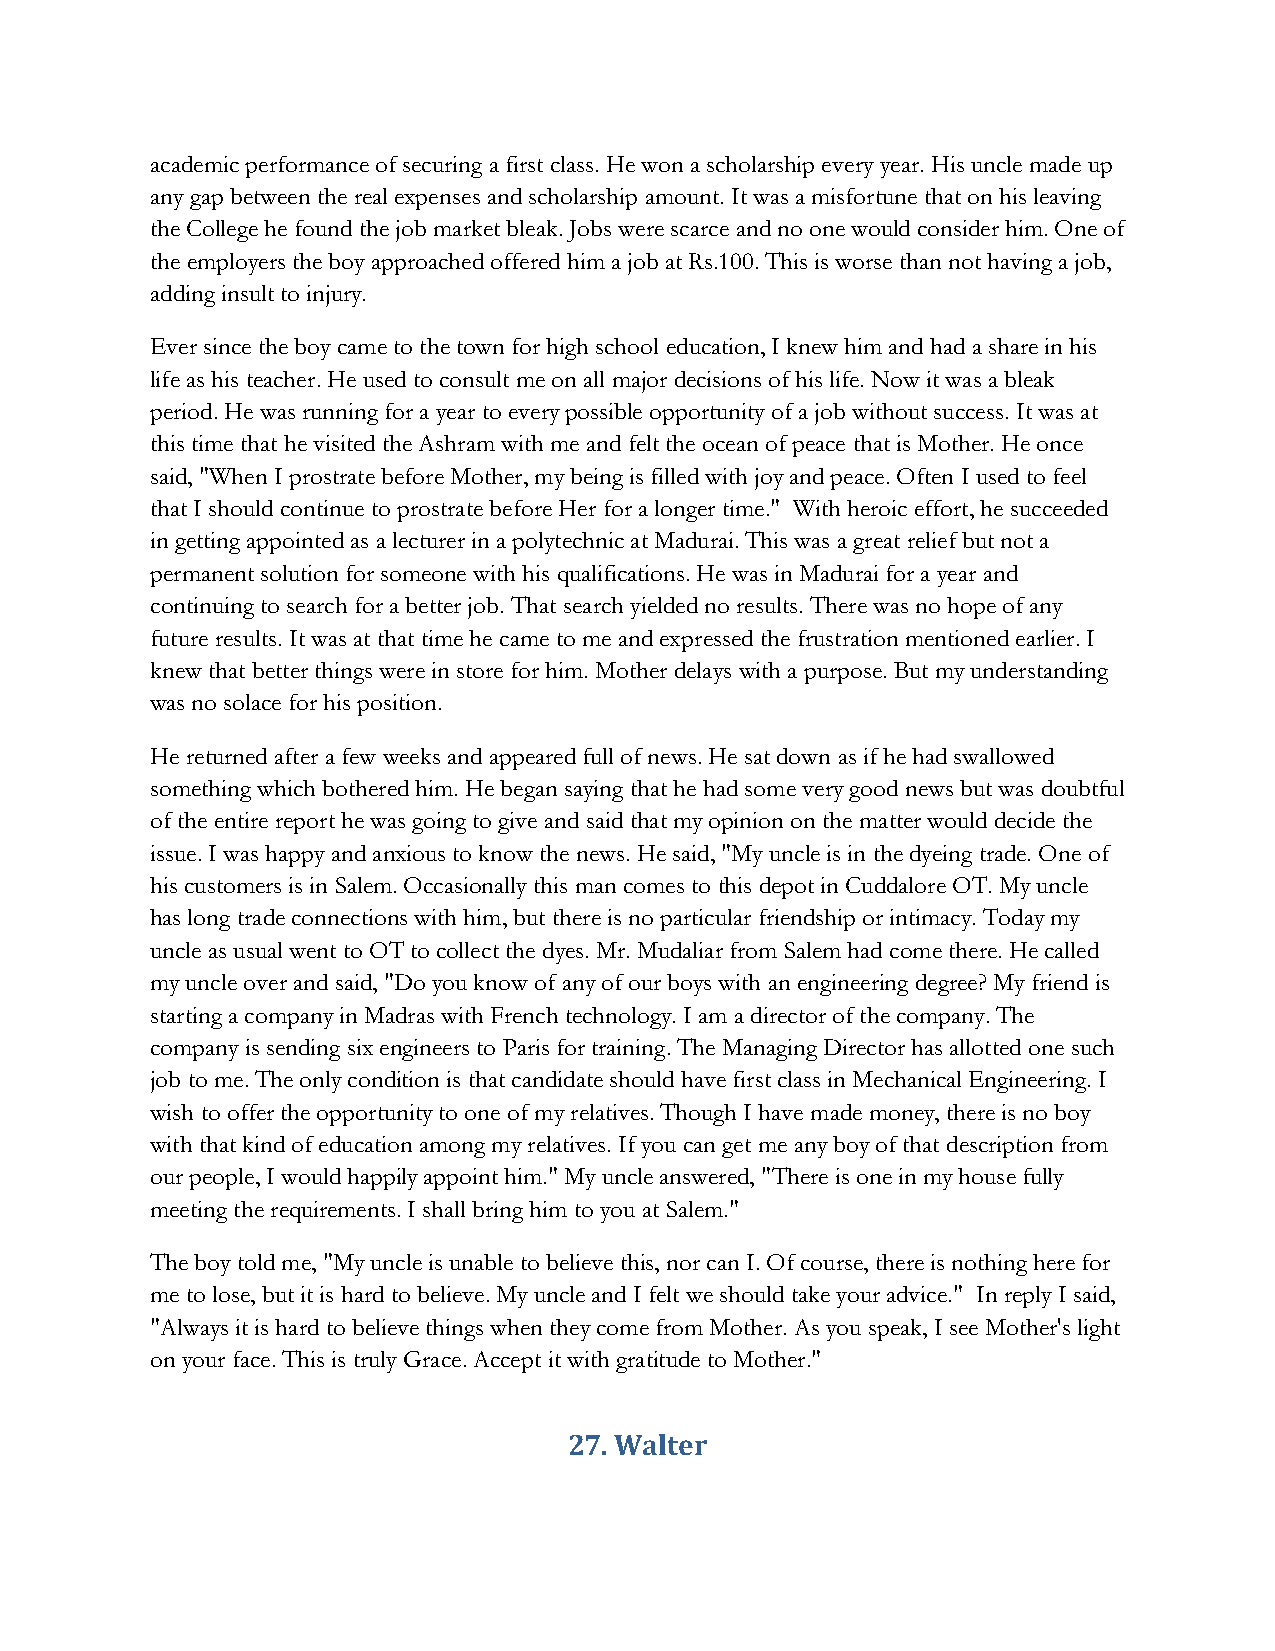
academic performance of securing a first class. He won a scholarship every year. His uncle made up
 any gap between the real expenses and scholarship amount. It was a misfortune that on his leaving
 the College he found the job market bleak. Jobs were scarce and no one would consider him. One of
 the employers the boy approached offered him a job at Rs.100. This is worse than not having a job,
 adding insult to injury.
 Ever since the boy came to the town for high school education, I knew him and had a share in his
 life as his teacher. He used to consult me on all major decisions of his life. Now it was a bleak
 period. He was running for a year to every possible opportunity of a job without success. It was at
 this time that he visited the Ashram with me and felt the ocean of peace that is Mother. He once
 said, "When I prostrate before Mother, my being is filled with joy and peace. Often I used to feel
 that I should continue to prostrate before Her for a longer time." With heroic effort, he succeeded
 in getting appointed as a lecturer in a polytechnic at Madurai. This was a great relief but not a
 permanent solution for someone with his qualifications. He was in Madurai for a year and
 continuing to search for a better job. That search yielded no results. There was no hope of any
 future results. It was at that time he came to me and expressed the frustration mentioned earlier. I
 knew that better things were in store for him. Mother delays with a purpose. But my understanding
 was no solace for his position.
 He returned after a few weeks and appeared full of news. He sat down as if he had swallowed
 something which bothered him. He began saying that he had some very good news but was doubtful
 of the entire report he was going to give and said that my opinion on the matter would decide the
 issue. I was happy and anxious to know the news. He said, "My uncle is in the dyeing trade. One of
 his customers is in Salem. Occasionally this man comes to this depot in Cuddalore OT. My uncle
 has long trade connections with him, but there is no particular friendship or intimacy. Today my
 uncle as usual went to OT to collect the dyes. Mr. Mudaliar from Salem had come there. He called
 my uncle over and said, "Do you know of any of our boys with an engineering degree? My friend is
 starting a company in Madras with French technology. I am a director of the company. The
 company is sending six engineers to Paris for training. The Managing Director has allotted one such
 job to me. The only condition is that candidate should have first class in Mechanical Engineering. I
 wish to offer the opportunity to one of my relatives. Though I have made money, there is no boy
 with that kind of education among my relatives. If you can get me any boy of that description from
 our people, I would happily appoint him." My uncle answered, "There is one in my house fully
 meeting the requirements. I shall bring him to you at Salem."
 The boy told me, "My uncle is unable to believe this, nor can I. Of course, there is nothing here for
 me to lose, but it is hard to believe. My uncle and I felt we should take your advice." In reply I said,
 "Always it is hard to believe things when they come from Mother. As you speak, I see Mother's light
 on your face. This is truly Grace. Accept it with gratitude to Mother."
 27. Walter